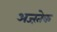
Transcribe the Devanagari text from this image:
अज्ऱतेक